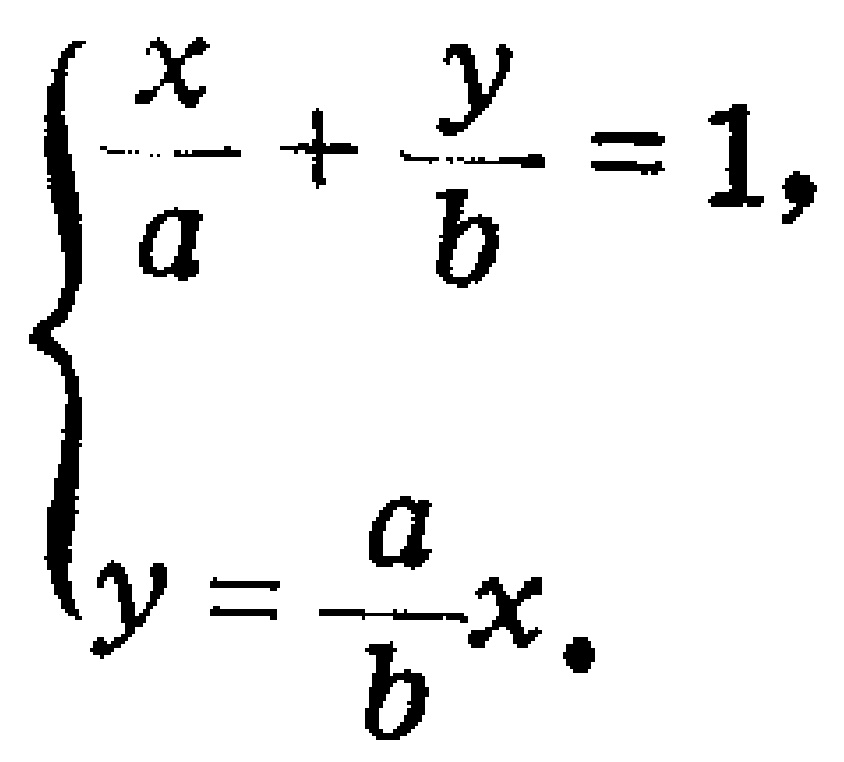
$\left\{\begin{array}{l}
\frac{x}{a}+\frac{y}{b}=1,\\
y = \frac{a}{b}x.
\end{array}\right.$